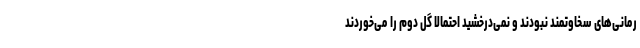
رمانی‌های سخاوتمند نبودند و نمی‌درخشید احتمالاً گل دوم را می‌خوردند